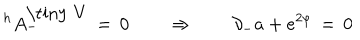
^ h A _ { - } ^ { \mathrm { \tiny ~ V } } \, = \, 0 \qquad \Rightarrow \qquad \partial _ { - } a + e ^ { 2 \varphi } \, = \, 0